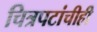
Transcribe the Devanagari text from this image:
चित्रपटांचीही